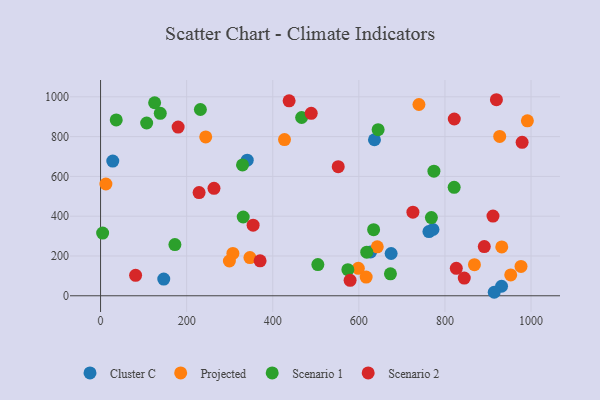
{"axis": {"x": "Engine Size", "y": "Sales"}, "legend": ["Cluster C", "Projected", "Scenario 1", "Scenario 2"], "data": [{"x": "772.2", "y": 333.2, "type": "Cluster C"}, {"x": "675.0", "y": 212.5, "type": "Cluster C"}, {"x": "762.8", "y": 322.9, "type": "Cluster C"}, {"x": "146.8", "y": 83.8, "type": "Cluster C"}, {"x": "931.5", "y": 48.0, "type": "Cluster C"}, {"x": "636.3", "y": 784.3, "type": "Cluster C"}, {"x": "914.5", "y": 17.6, "type": "Cluster C"}, {"x": "627.4", "y": 220.1, "type": "Cluster C"}, {"x": "28.4", "y": 677.1, "type": "Cluster C"}, {"x": "340.7", "y": 681.6, "type": "Cluster C"}, {"x": "868.5", "y": 156.3, "type": "Projected"}, {"x": "307.4", "y": 212.9, "type": "Projected"}, {"x": "927.2", "y": 801.1, "type": "Projected"}, {"x": "976.7", "y": 147.4, "type": "Projected"}, {"x": "642.8", "y": 245.8, "type": "Projected"}, {"x": "932.0", "y": 245.3, "type": "Projected"}, {"x": "244.3", "y": 798.5, "type": "Projected"}, {"x": "427.3", "y": 785.1, "type": "Projected"}, {"x": "299.3", "y": 174.9, "type": "Projected"}, {"x": "598.8", "y": 137.8, "type": "Projected"}, {"x": "347.0", "y": 192.0, "type": "Projected"}, {"x": "617.0", "y": 94.0, "type": "Projected"}, {"x": "12.4", "y": 561.7, "type": "Projected"}, {"x": "739.6", "y": 961.4, "type": "Projected"}, {"x": "952.8", "y": 104.9, "type": "Projected"}, {"x": "991.5", "y": 879.4, "type": "Projected"}, {"x": "644.8", "y": 835.0, "type": "Scenario 1"}, {"x": "231.9", "y": 936.3, "type": "Scenario 1"}, {"x": "329.8", "y": 657.8, "type": "Scenario 1"}, {"x": "125.6", "y": 970.2, "type": "Scenario 1"}, {"x": "4.8", "y": 315.4, "type": "Scenario 1"}, {"x": "467.1", "y": 896.1, "type": "Scenario 1"}, {"x": "172.7", "y": 257.6, "type": "Scenario 1"}, {"x": "107.1", "y": 868.5, "type": "Scenario 1"}, {"x": "618.4", "y": 219.1, "type": "Scenario 1"}, {"x": "574.5", "y": 131.3, "type": "Scenario 1"}, {"x": "138.7", "y": 916.8, "type": "Scenario 1"}, {"x": "634.3", "y": 332.1, "type": "Scenario 1"}, {"x": "331.4", "y": 396.0, "type": "Scenario 1"}, {"x": "768.5", "y": 392.9, "type": "Scenario 1"}, {"x": "821.4", "y": 545.2, "type": "Scenario 1"}, {"x": "36.4", "y": 883.7, "type": "Scenario 1"}, {"x": "774.4", "y": 626.5, "type": "Scenario 1"}, {"x": "504.8", "y": 157.0, "type": "Scenario 1"}, {"x": "673.4", "y": 110.3, "type": "Scenario 1"}, {"x": "370.6", "y": 175.7, "type": "Scenario 2"}, {"x": "228.9", "y": 518.9, "type": "Scenario 2"}, {"x": "489.4", "y": 916.8, "type": "Scenario 2"}, {"x": "919.6", "y": 985.4, "type": "Scenario 2"}, {"x": "826.4", "y": 138.1, "type": "Scenario 2"}, {"x": "821.7", "y": 888.6, "type": "Scenario 2"}, {"x": "844.9", "y": 88.8, "type": "Scenario 2"}, {"x": "891.4", "y": 247.2, "type": "Scenario 2"}, {"x": "552.1", "y": 649.0, "type": "Scenario 2"}, {"x": "438.0", "y": 980.1, "type": "Scenario 2"}, {"x": "354.4", "y": 355.1, "type": "Scenario 2"}, {"x": "579.7", "y": 77.7, "type": "Scenario 2"}, {"x": "81.4", "y": 102.9, "type": "Scenario 2"}, {"x": "180.2", "y": 847.7, "type": "Scenario 2"}, {"x": "725.6", "y": 420.1, "type": "Scenario 2"}, {"x": "911.6", "y": 400.4, "type": "Scenario 2"}, {"x": "979.3", "y": 771.1, "type": "Scenario 2"}, {"x": "263.5", "y": 540.0, "type": "Scenario 2"}]}